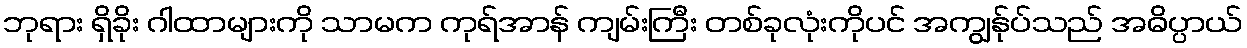
ဘုရား ရှိခိုး ဂါထာများကို သာမက ကုရ်အာန် ကျမ်းကြီး တစ်ခုလုံးကိုပင် အကျွန်ုပ်သည် အဓိပ္ပာယ်